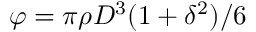
\varphi = \pi \rho D ^ { 3 } ( 1 + \delta ^ { 2 } ) / 6